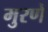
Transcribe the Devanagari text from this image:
मुरणे